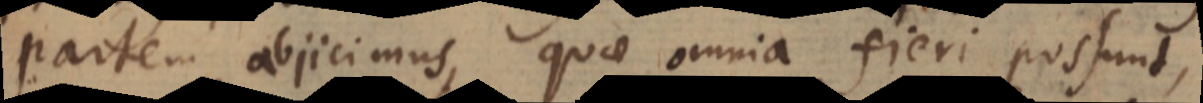
partem abjicimus, quae omnia fieri possunt,